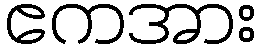
ဧကအား